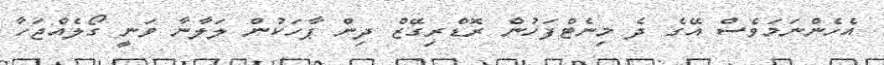
އެހެންނަމަވެސް އޭގެ ދެ މިނެޓްފަހުން ރޮޑްރިގޭޒް ދިން ޕާހަކުން ލަލާނާ ވަނީ ގޯލެއްޖަހާ